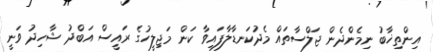
އިންތިޚާބު ނިމެންދެން ޖަލްސާތައް މެދުކަނޑާލާފައިވާ ކަން މަޖިލީހުގެ ރައީސް އަބްދު ޝާހިދު ވަނީ